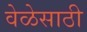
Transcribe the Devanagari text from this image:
वेळेसाठी